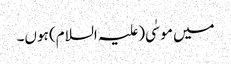
میں موسٰی(علیہ السلام) ہوں۔